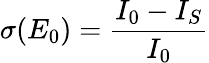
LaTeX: \sigma(E_{0})=\frac{I_{0}-I_{S}}{I_{0}}